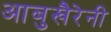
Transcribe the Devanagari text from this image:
आबुखैरेनी